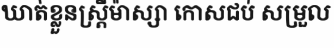
ឃាត់ខ្លួនស្ត្រីម៉ាស្សា កោសជប់ សម្រួល